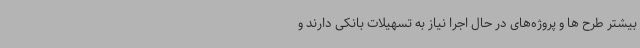
بیشتر طرح ها و پروژه‌های در حال اجرا نیاز به تسهیلات بانکی دارند و